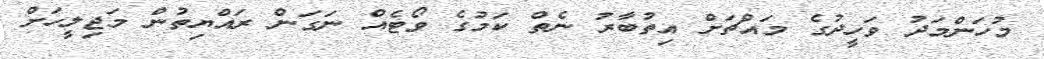
މުހަންމަދު ވަހީދުގެ މައްޗަށް އިތުބާރު ނެތް ކަމުގެ ވޯޓެއް ނަގަން ރައްޔިތުން މަޖިލީހަށް